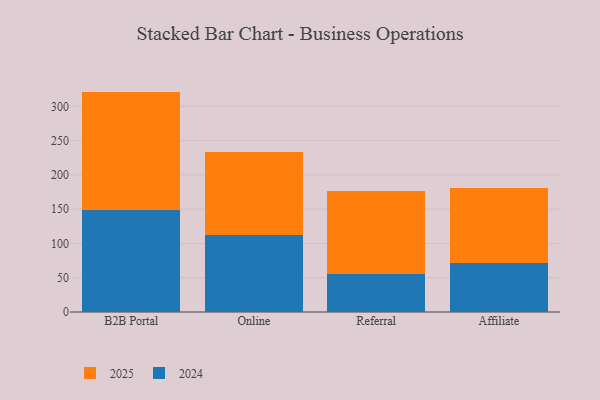
{"axis": {"x": "Channel", "y": "Satisfaction Score"}, "legend": ["2024", "2025"], "data": [{"x": "B2B Portal", "y": 172.9, "type": "2025"}, {"x": "B2B Portal", "y": 148.6, "type": "2024"}, {"x": "Online", "y": 120.1, "type": "2025"}, {"x": "Online", "y": 112.8, "type": "2024"}, {"x": "Referral", "y": 120.3, "type": "2025"}, {"x": "Referral", "y": 55.9, "type": "2024"}, {"x": "Affiliate", "y": 109.8, "type": "2025"}, {"x": "Affiliate", "y": 71.6, "type": "2024"}]}